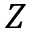
Z